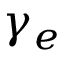
\gamma _ { e }